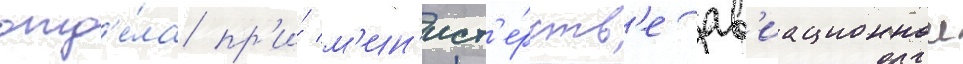
отд'е́ла пр'и́ м'ин'ист'е́рств'е ав'иационнои